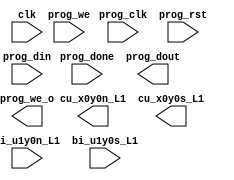
// SPDX-FileCopyrightText: (c) 2022 Princeton University
// SPDX-License-Identifier: BSD-3-Clause
// All rights reserved.
//
// Redistribution and use in source and binary forms, with or without
// modification, are permitted provided that the following conditions are met:
//
// 1. Redistributions of source code must retain the above copyright notice, this
//    list of conditions and the following disclaimer.
//
// 2. Redistributions in binary form must reproduce the above copyright notice,
//    this list of conditions and the following disclaimer in the documentation
//    and/or other materials provided with the distribution.
//
// 3. Neither the name of the copyright holder nor the names of its
//    contributors may be used to endorse or promote products derived from
//    this software without specific prior written permission.
//
// THIS SOFTWARE IS PROVIDED BY THE COPYRIGHT HOLDERS AND CONTRIBUTORS "AS IS"
// AND ANY EXPRESS OR IMPLIED WARRANTIES, INCLUDING, BUT NOT LIMITED TO, THE
// IMPLIED WARRANTIES OF MERCHANTABILITY AND FITNESS FOR A PARTICULAR PURPOSE ARE
// DISCLAIMED. IN NO EVENT SHALL THE COPYRIGHT HOLDER OR CONTRIBUTORS BE LIABLE
// FOR ANY DIRECT, INDIRECT, INCIDENTAL, SPECIAL, EXEMPLARY, OR CONSEQUENTIAL
// DAMAGES (INCLUDING, BUT NOT LIMITED TO, PROCUREMENT OF SUBSTITUTE GOODS OR
// SERVICES; LOSS OF USE, DATA, OR PROFITS; OR BUSINESS INTERRUPTION) HOWEVER
// CAUSED AND ON ANY THEORY OF LIABILITY, WHETHER IN CONTRACT, STRICT LIABILITY,
// OR TORT (INCLUDING NEGLIGENCE OR OTHERWISE) ARISING IN ANY WAY OUT OF THE USE
// OF THIS SOFTWARE, EVEN IF ADVISED OF THE POSSIBILITY OF SUCH DAMAGE.

module tile_clb (
`ifdef USE_POWER_PINS
    inout vccd1,	// User area 1 1.8V supply
    inout vssd1,	// User area 1 digital ground
`endif
    output wire [11:0] cu_x0y0n_L1
    , output wire [11:0] cu_x0y0s_L1
    , input wire [11:0] bi_u1y0n_L1
    , input wire [11:0] bi_u1y0s_L1
    , input wire [0:0] clk
    , input wire [0:0] prog_clk
    , input wire [0:0] prog_rst
    , input wire [0:0] prog_done
    , input wire [0:0] prog_we
    , input wire [0:0] prog_din
    , output wire [0:0] prog_dout
    , output wire [0:0] prog_we_o
    );

endmodule